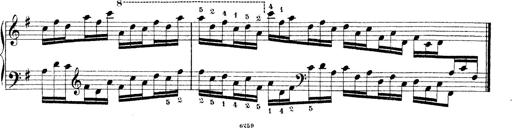
Title: Technische Studien
Composer: Franz Liszt